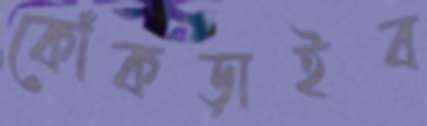
কোঁকড়াইব